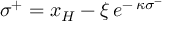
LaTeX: \: \sigma ^ { + } = x _ { H } - \xi \, e ^ { - \, \kappa \sigma ^ { - } } \: